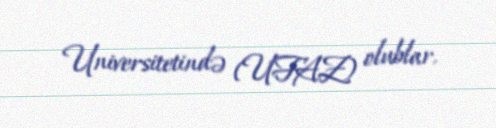
Universitetində (UFAZ) olublar.